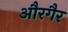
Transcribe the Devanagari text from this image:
औरगैर